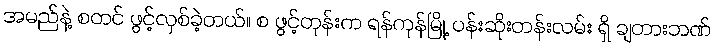
အမည်နဲ့ စတင် ဖွင့်လှစ်ခဲ့တယ်။ စ ဖွင့်တုန်းက ရန်ကုန်မြို့ ပန်းဆိုးတန်းလမ်း ရှိ ချတားဘဏ်